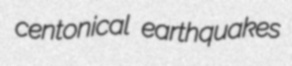
centonical earthquakes